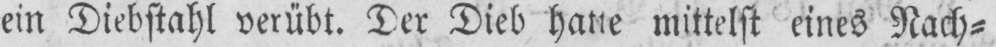
ein Diebstahl verübt. Der Dieb hatte mittelst eines Nach⸗